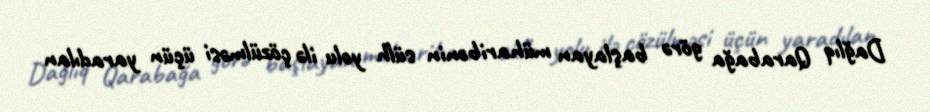
Dağlıq Qarabağa görə başlayan müharibənin sülh yolu ilə çözülməsi üçün yaradılan